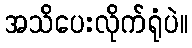
အသိပေးလိုက်ရုံပဲ။